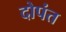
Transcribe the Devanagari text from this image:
दोपंत